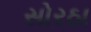
સોરઠા